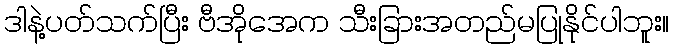
ဒါနဲ့ပတ်သက်ပြီး ဗီအိုအေက သီးခြားအတည်မပြုနိုင်ပါဘူး။